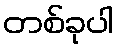
တစ်ခုပါ